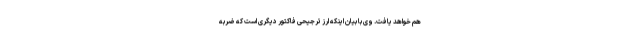
هم خواهد یافت. وی با بیان اینکه ارز ترجیحی فاکتور دیگری است که ضربه